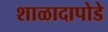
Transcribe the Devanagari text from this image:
शाळादापोडे